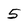
Character: 5